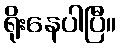
ရိုးနေပါပြီ။